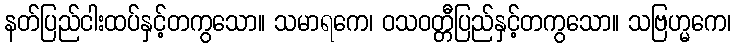
နတ်ပြည်ငါးထပ်နှင့်တကွသော။ သမာရကေ၊ ဝသဝတ္တီပြည်နှင့်တကွသော။ သဗြဟ္မကေ၊